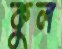
কুল